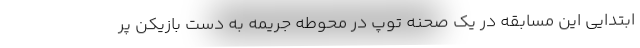
ابتدایی این مسابقه در یک صحنه توپ در محوطه جریمه به دست بازیکن پر